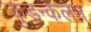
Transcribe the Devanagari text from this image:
कुडन्कलम